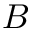
B